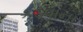
કડવાના